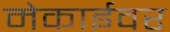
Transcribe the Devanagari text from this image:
मेकाईवर